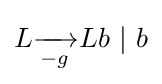
L{\xrightarrow[{-g}]{}}Lb~|~b